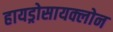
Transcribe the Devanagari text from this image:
हायड्रोसायक्लोन